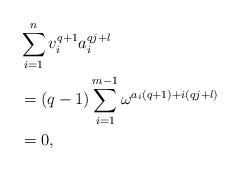
LaTeX: \begin{align*}&\sum_{i=1}^{n}v_{i}^{q+1}a_{i}^{qj+l} \\&=(q-1)\sum_{i=1}^{m-1}\omega^{a_{i}(q+1)+i(qj+l)}\\&=0,\end{align*}